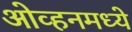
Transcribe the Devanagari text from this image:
ओव्हनमध्ये